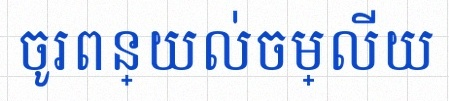
ចូរពន្យល់ចម្លើយ